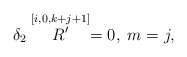
\begin{align*}\delta _{2}\stackrel{[i,0,k+j+1]}{R^{\prime }}=0,\;m=j, \end{align*}